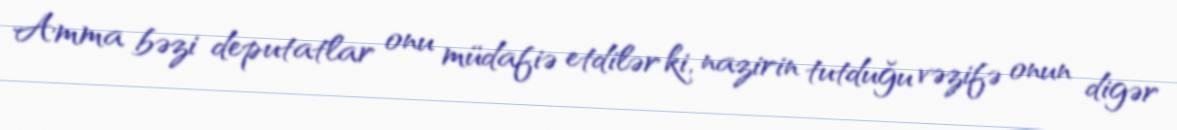
Amma bəzi deputatlar onu müdafiə etdilər ki, nazirin tutduğu vəzifə onun digər